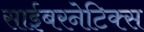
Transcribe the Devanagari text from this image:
साईबरनेटिक्स